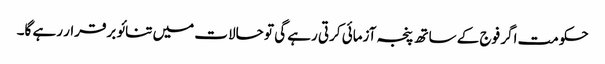
حکومت اگر فوج کے ساتھ پنجہ آزمائی کرتی رہے گی تو حالات میں تنائو برقرار رہے گا۔